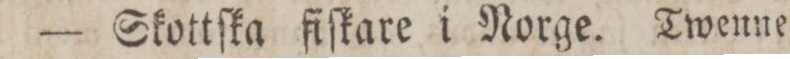
— Skottſka fiſkare i Norge. Twenne